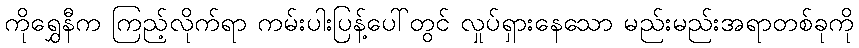
ကိုရွှေနီက ကြည့်လိုက်ရာ ကမ်းပါးပြန့်ပေါ်တွင် လှုပ်ရှားနေသော မည်းမည်းအရာတစ်ခုကို